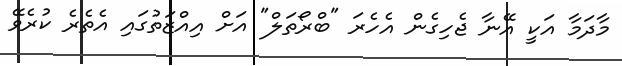
މާދަމާ އަކީ އޭނާ ޖެހިގެން އެހެރަ "ބްރޯތަލް" އަށް އިއްޒަތުގައި އެތެރެ ކުރެވޭ